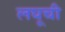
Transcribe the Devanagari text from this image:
लघूची